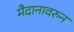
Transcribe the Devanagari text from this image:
मैदानावरुन